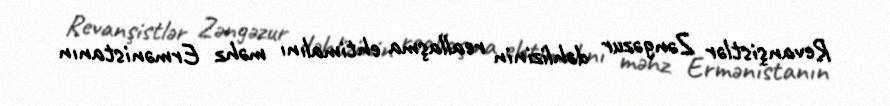
Revanşistlər Zəngəzur dəhlizinin reallaşma ehtimalını məhz Ermənistanın